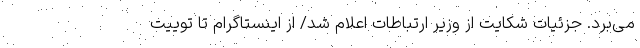
می‌برد. جزئیات شکایت از وزیر ارتباطات اعلام شد/ از اینستاگرام تا توییت